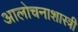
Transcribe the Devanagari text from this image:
आलोचनाशास्त्री